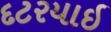
દટરયાઇ